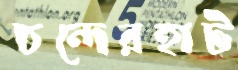
চন্দেরহাট